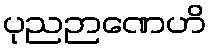
ပုညဉာဏေဟိ